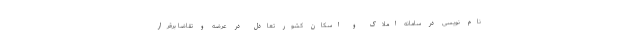
نام نویسی در سامانه املاک و اسکان کشور تعادل در عرضه و تقاضا برقرار